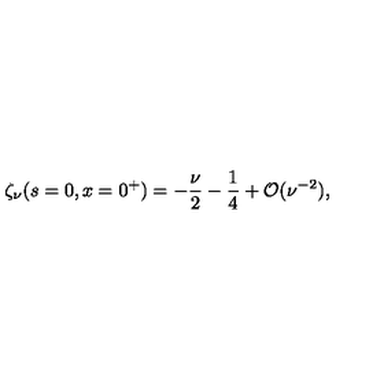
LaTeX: \zeta _ { \nu } ( s = 0 , x = 0 ^ { + } ) = \displaystyle { { { - \frac { \nu } { 2 } } - \frac { 1 } { 4 } } + { \cal O } ( \nu ^ { - 2 } ) } ,